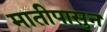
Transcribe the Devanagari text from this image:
मातीपासुन